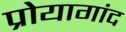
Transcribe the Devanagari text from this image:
प्रोयागांद